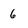
Character: 6